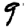
Digit: 9